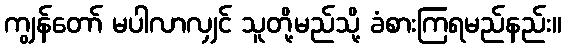
ကျွန်တော် မပါလာလျှင် သူတို့မည်သို့ ခံစားကြရမည်နည်း။